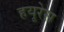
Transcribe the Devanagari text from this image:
हयूरेस